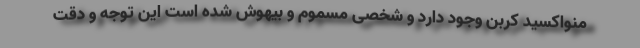
منواکسید کربن وجود دارد و شخصی مسموم و بیهوش شده است این توجه و دقت